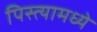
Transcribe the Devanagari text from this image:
पिस्त्यामध्ये